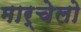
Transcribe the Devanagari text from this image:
मार्चेलो